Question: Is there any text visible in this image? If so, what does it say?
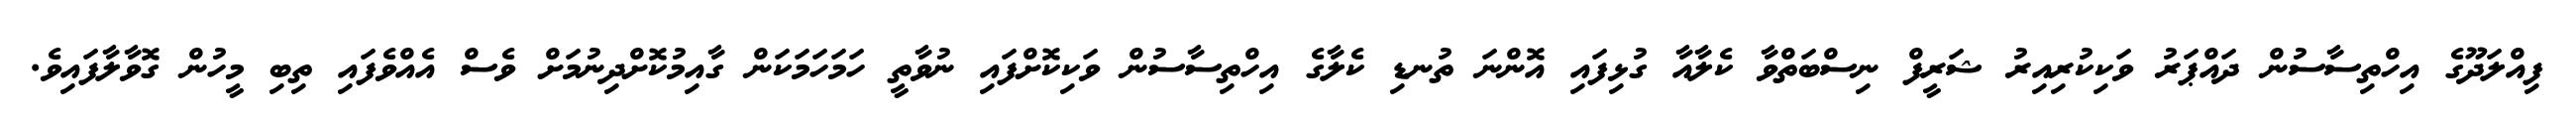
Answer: ފިއްލަދޫގެ އިހްތިސާސުން ދައްޕަރު ވަކިކުރިއިރު ޝަރީފް ނިސްބަތްވާ ކެލާއާ ގުޅިފައި އޮންނަ ތުނޑި ކެލާގެ އިހްތިސާސުން ވަކިކޮށްފައި ނުވާތީ ހަމަހަމަކަން ގާއިމުކޮށްދިނުމަށް ވެސް އެއްވެފައި ތިބި މީހުން ގޮވާލާފައިވެ.